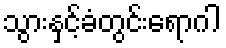
သွားနှင့်ခံတွင်းရောဂါ